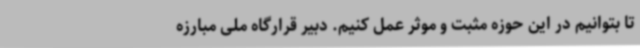
تا بتوانیم در این حوزه مثبت و موثر عمل کنیم. دبیر قرارگاه ملی مبارزه